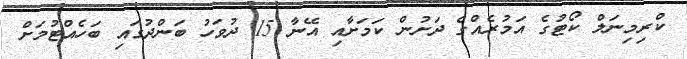
ކްރިމިނަލް ކޯޓުގެ އަމުރެއްގެ ދަށުން ކަމަށާއި އޭނާ 15 ދުވަހު ބަންދުގައި ބަހެއްޓުމަށް